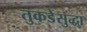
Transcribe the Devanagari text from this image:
तुकडेसुद्धा